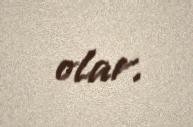
olar.